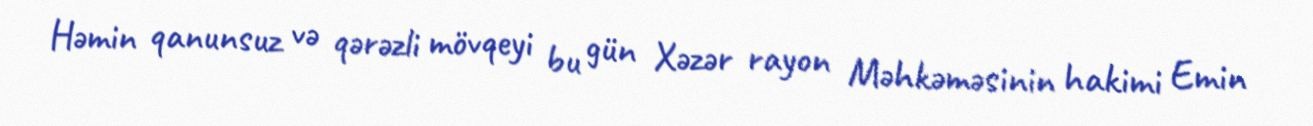
Həmin qanunsuz və qərəzli mövqeyi bu gün Xəzər rayon Məhkəməsinin hakimi Emin